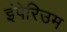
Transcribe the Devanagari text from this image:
इंपेरिउम